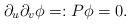
LaTeX: \begin{align*} \partial_u \partial_v \phi =: P \phi = 0.\end{align*}